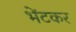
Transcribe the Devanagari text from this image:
भेंटकर